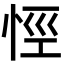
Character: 𢙼